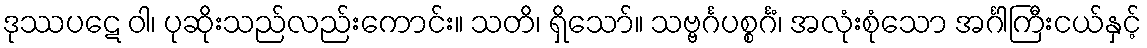
ဒုဿပဋေ ဝါ၊ ပုဆိုးသည်လည်းကောင်း။ သတိ၊ ရှိသော်။ သဗ္ဗင်္ဂပစ္စင်္ဂံ၊ အလုံးစုံသော အင်္ဂါကြီးငယ်နှင့်